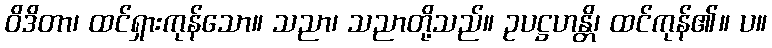
ဝိဒိတာ၊ ထင်ရှားကုန်သော။ သညာ၊ သညာတို့သည်။ ဥပဋ္ဌဟန္တိ၊ ထင်ကုန်၏။ ပ။